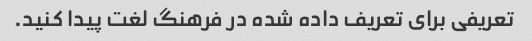
تعریفی برای تعریف داده شده در فرهنگ لغت پیدا کنید.